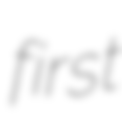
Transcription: first